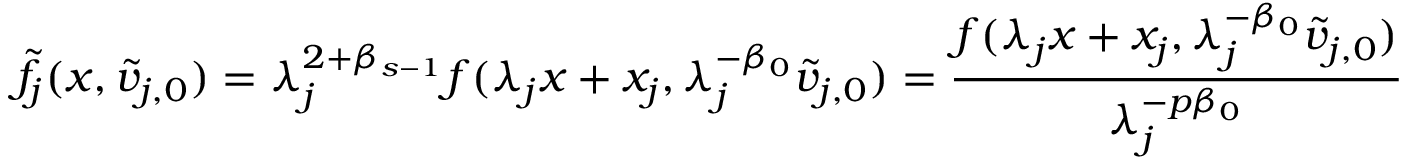
\tilde { f } _ { j } ( x , \tilde { v } _ { j , 0 } ) = \lambda _ { j } ^ { 2 + \beta _ { s - 1 } } f ( \lambda _ { j } x + x _ { j } , \lambda _ { j } ^ { - \beta _ { 0 } } \tilde { v } _ { j , 0 } ) = \frac { f ( \lambda _ { j } x + x _ { j } , \lambda _ { j } ^ { - \beta _ { 0 } } \tilde { v } _ { j , 0 } ) } { \lambda _ { j } ^ { - p \beta _ { 0 } } }